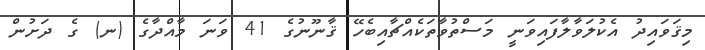
މިޤަވައިދު އެކުލަވާލާފައިވަނީ މަސްތުވާތަކެއްޗާއިބެހޭ ޤާނޫނުގެ 41 ވަނަ މާއްދާގެ (ނ) ގެ ދަށުން